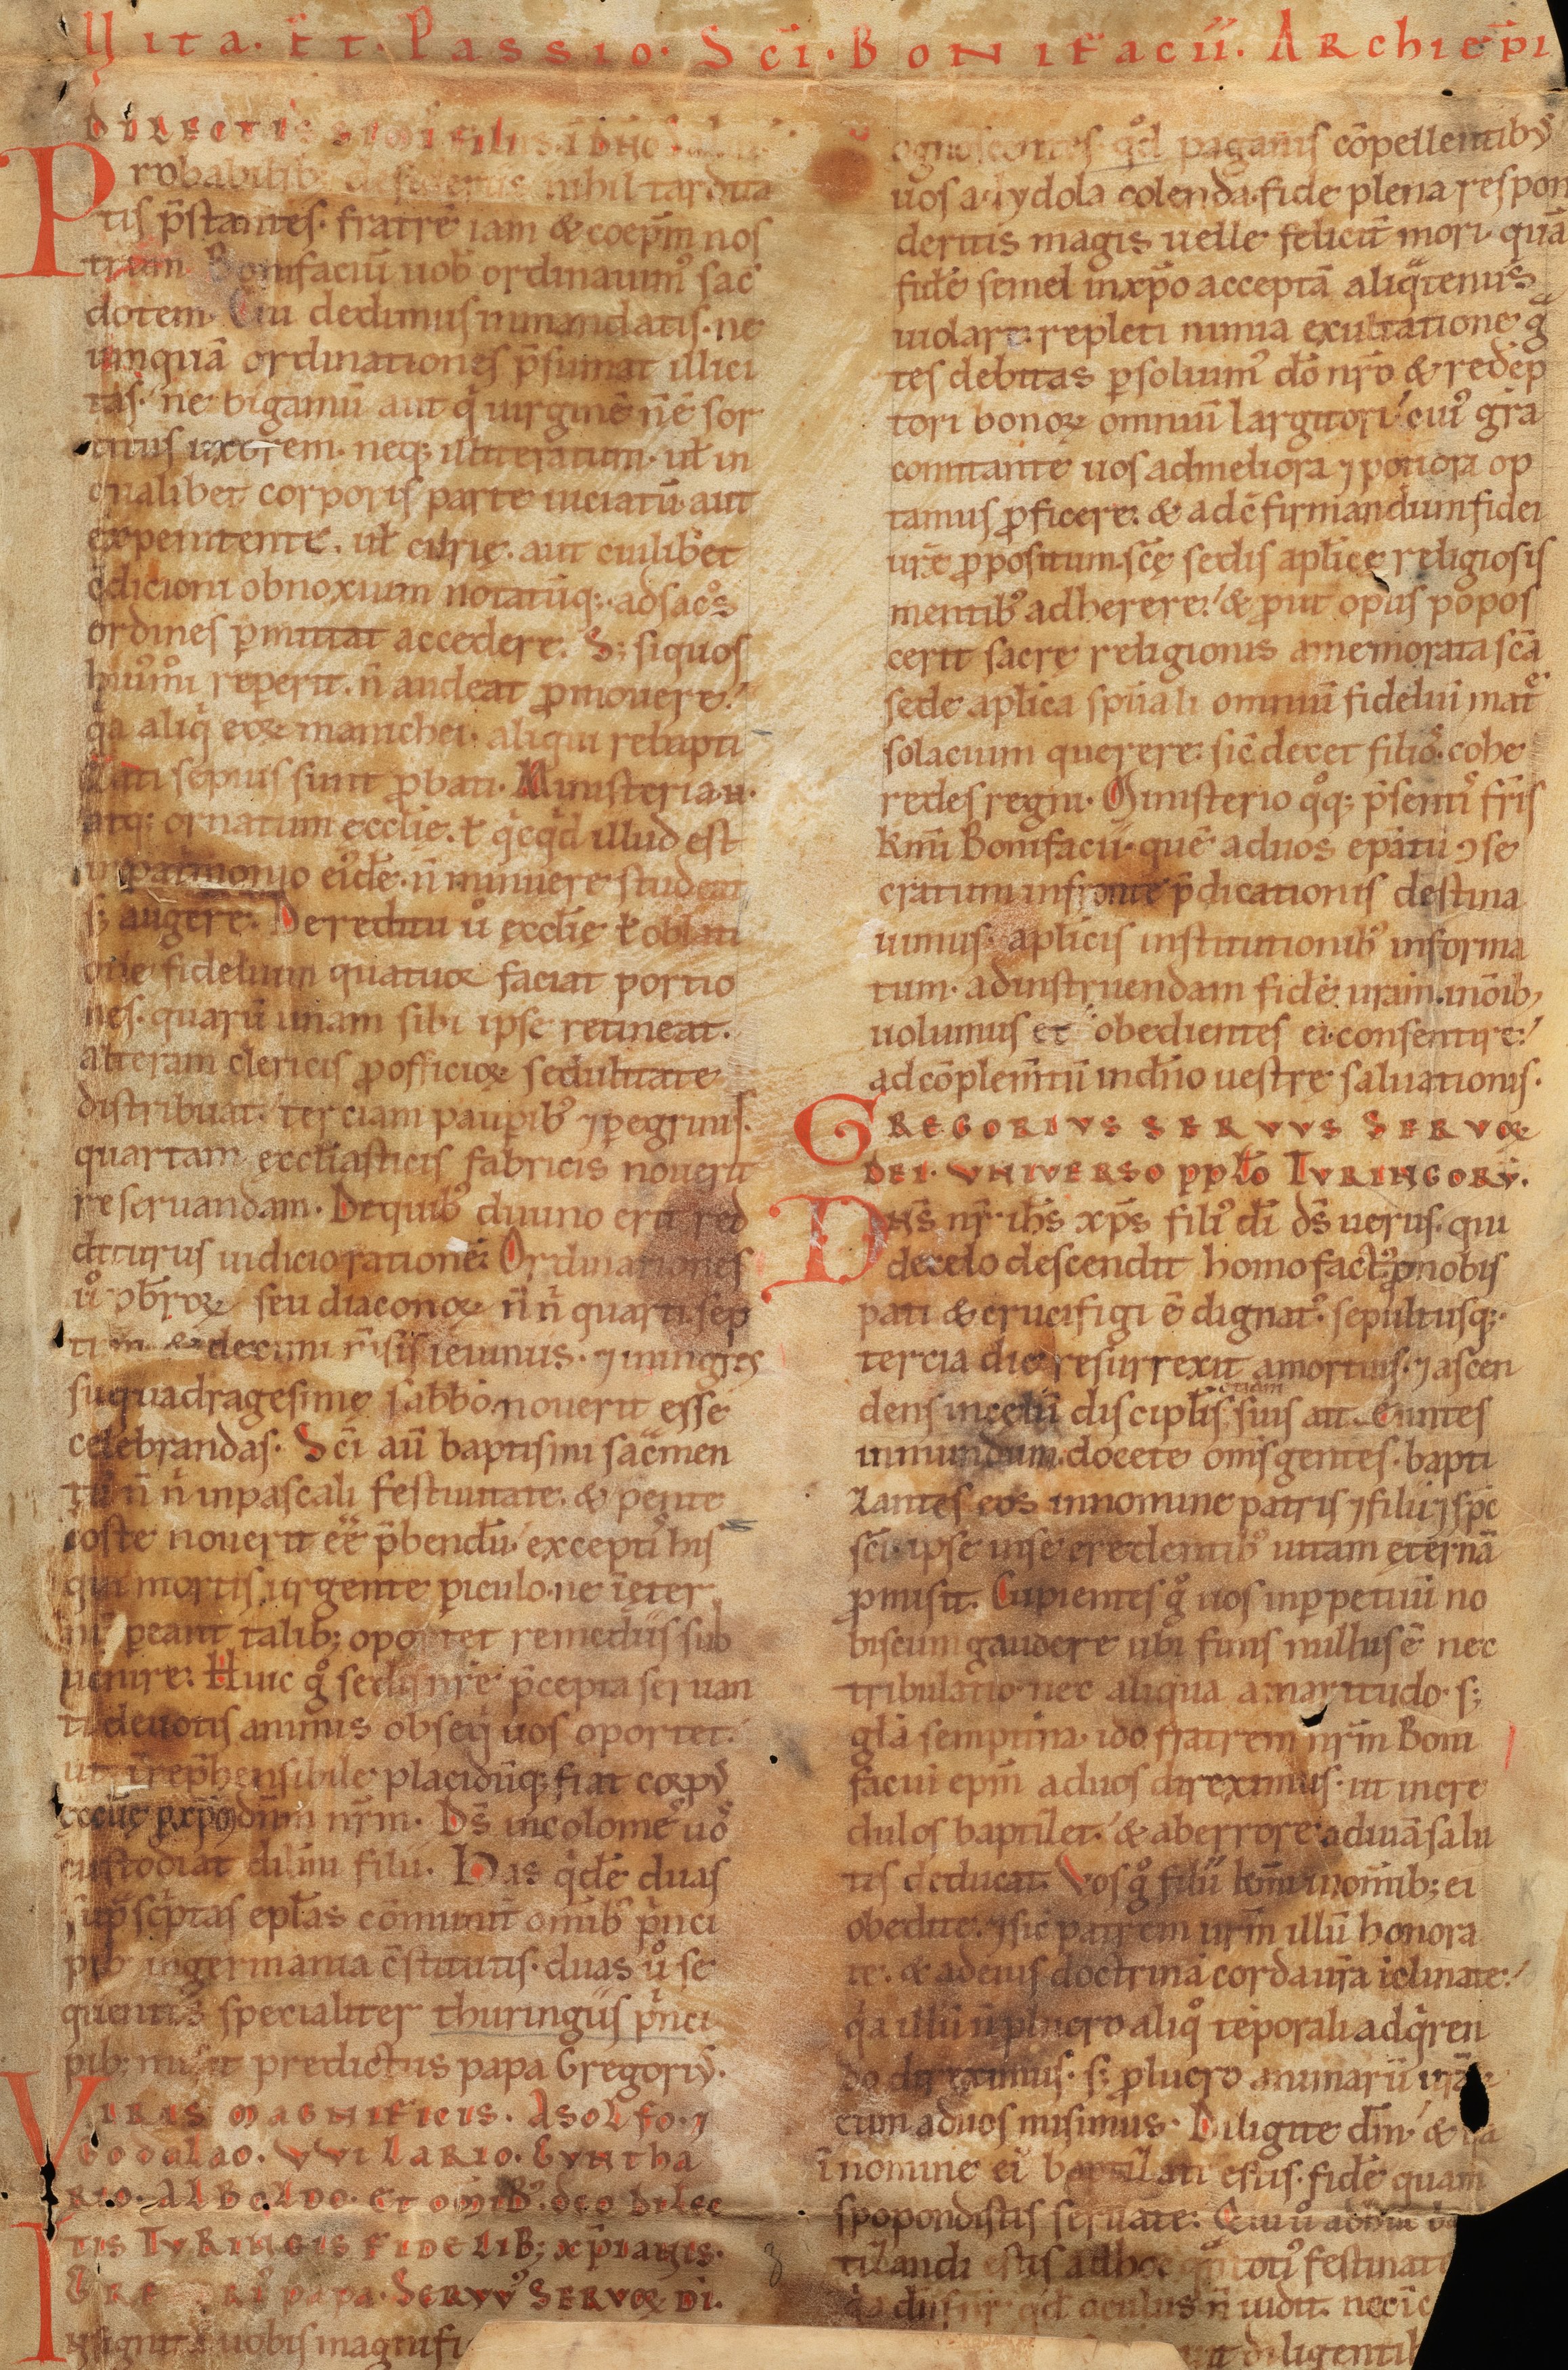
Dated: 1140–1170